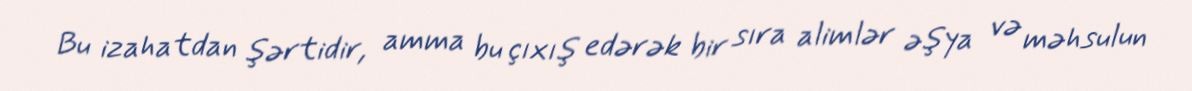
Bu izahatdan şərtidir, amma bu çıxış edərək bir sıra alimlər əşya və məhsulun